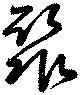
聚